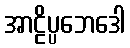
အာဠိပ္ပဘေဒေါ